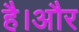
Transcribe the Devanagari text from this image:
है।अौर